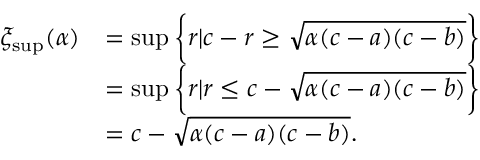
\begin{array} { r l } { \xi _ { \operatorname* { s u p } } ( \alpha ) } & { = \operatorname* { s u p } \bigg \{ r | c - r \geq \sqrt { \alpha ( c - a ) ( c - b ) } \bigg \} } \\ & { = \operatorname* { s u p } \bigg \{ r | r \leq c - \sqrt { \alpha ( c - a ) ( c - b ) } \bigg \} } \\ & { = c - \sqrt { \alpha ( c - a ) ( c - b ) } . } \end{array}